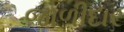
જાળીદાર